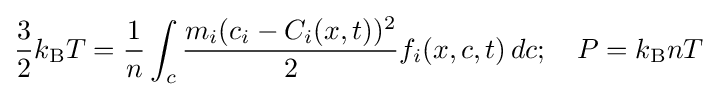
{\frac {3}{2}}k_{\rm {B}}T={\frac {1}{n}}\int _{c}{\frac {m_{i}(c_{i}-C_{i}(x,t))^{2}}{2}}f_{i}(x,c,t)\,dc;\quad P=k_{\rm {B}}nT